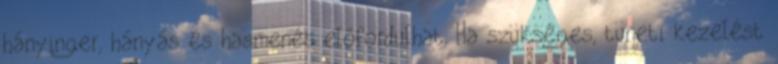
hányinger, hányás és hasmenés előfordulhat. Ha szükséges, tüneti kezelést